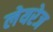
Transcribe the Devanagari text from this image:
लेयरेज